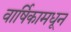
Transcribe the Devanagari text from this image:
वार्षिकामधून